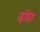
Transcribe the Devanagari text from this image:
जुल्लिए